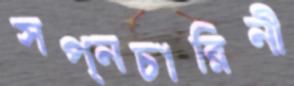
স্বপ্নচারিনী